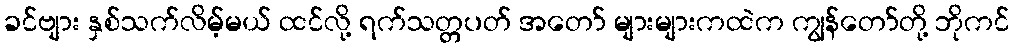
ခင်ဗျား နှစ်သက်လိမ့်မယ် ထင်လို့ ရက်သတ္တပတ် အတော် များများကထဲက ကျွန်တော်တို့ ဘိုကင်